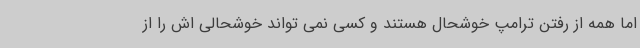
اما همه از رفتن ترامپ خوشحال هستند و کسی نمی تواند خوشحالی اش را از